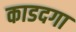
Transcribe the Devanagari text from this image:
काडदगा